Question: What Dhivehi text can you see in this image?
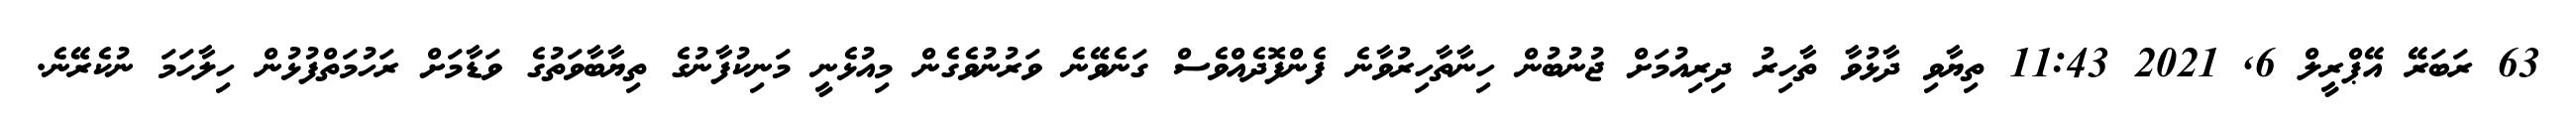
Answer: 63 ރަބަރޭ އޭޕްރީލް 6, 2021 11:43 ތިޔާވި ދާޅުވާ ތާހިރު ދިރިއުމަށް ޖުނުބުން ހިނާތާހިރުވާނެ ފެންފޮދެއްވެސް ގަނެވޭނެ ވަރުނުވެގެން މިއުޅެނީ މަނިކުފާނުގެ ތިޔާބާވަތުގެ ވަޑާމަށް ރަހުމަތްފުޅުން ހިލާހަމަ ނުކެރޭނެ.